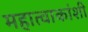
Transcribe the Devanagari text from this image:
महात्वाकांशी